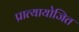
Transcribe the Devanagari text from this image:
प्रात्यायोजित